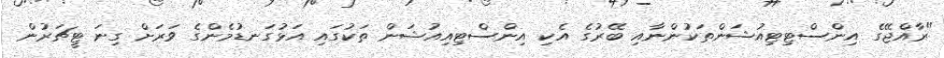
"ރާއްޖޭގެ އިންސްޓިޓިއުޝަންތަކުންނާއި ބޭރުގެ އެކި އިންސްޓިއިއުޝަން ތަކުގައި އަޅުގަނޑުމެންގެ ވަރަށް ގިނަ ޓީޗަރުން